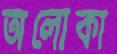
অলোকা